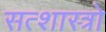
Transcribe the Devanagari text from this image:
सत्शास्त्रो